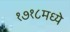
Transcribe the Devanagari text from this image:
१७१८मध्ये